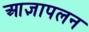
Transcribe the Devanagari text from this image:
आज्ञापलन